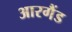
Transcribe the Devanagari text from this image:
आरगैंड